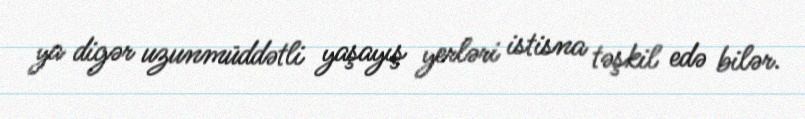
ya digər uzunmüddətli yaşayış yerləri istisna təşkil edə bilər.